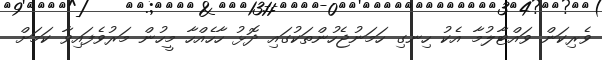
ވެރިކަން ވައްޓާލުމާ އެކު ހިނގި ހަމަނުޖެހުންތަކުގައި ދޮޅު ހާހެއްހާ މީހުން މަރުވެފައިވާ ކަމަށް